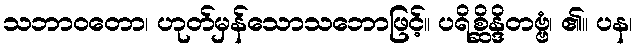
သဘာဝတော၊ ဟုတ်မှန်သောသဘောဖြင့်။ ပရိစ္ဆိန္ဒိတဗ္ဗံ၊ ၏။ ပန၊